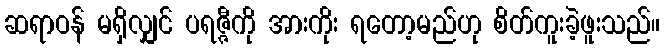
ဆရာဝန် မရှိလျှင် ပရဇ္ဇီကို အားကိုး ရတော့မည်ဟု စိတ်ကူးခဲ့ဖူးသည်။